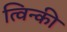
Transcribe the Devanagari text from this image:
त्विन्की